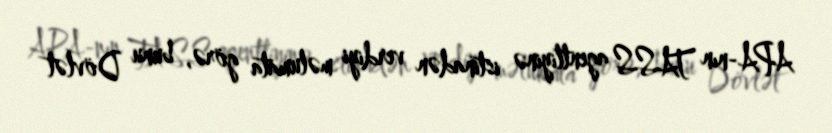
APA-nın TASS agentliyinə istinadən verdiyi məlumata görə, bunu Dövlət